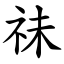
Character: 祙